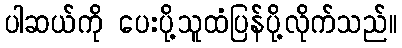
ပါဆယ်ကို ပေးပို့သူထံပြန်ပို့လိုက်သည်။